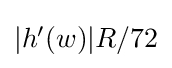
{\textstyle |h'(w)|R/72}